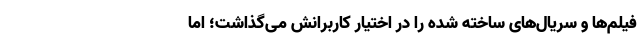
فیلم‌ها و سریال‌های ساخته شده را در اختیار کاربرانش می‌گذاشت؛ اما